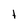
Character: t